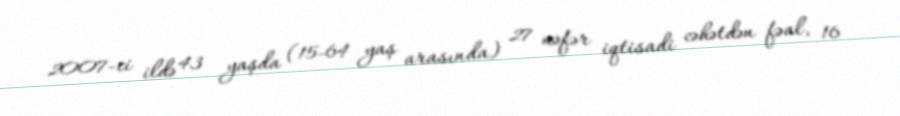
2007-ci ildə 43 yaşda (15-64 yaş arasında) 27 nəfər iqtisadi cəhətdən fəal, 16